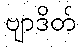
ဗျာဒိတ်